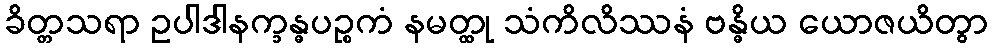
ခိတ္တသရာ ဥပါဒါနက္ခန္ဓပဉ္စကံ နမတ္ထု သံကိလိဿနံ ဗန္ဓိယ ယောဇယိတွာ